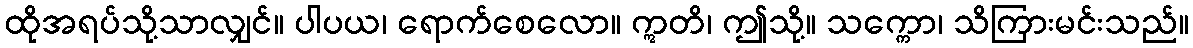
ထိုအရပ်သို့သာလျှင်။ ပါပယ၊ ရောက်စေလော။ ဣတိ၊ ဤသို့။ သက္ကော၊ သိကြားမင်းသည်။